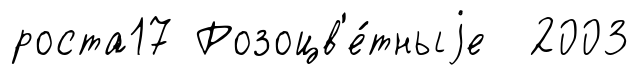
роста17 Розоцв'е́тныjе 2003